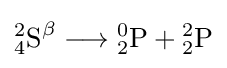
{{\mathrm {^{2}_{4}S} }{\vphantom {A}}^{\mathrm {\beta } }{}\mathrel {\longrightarrow } {}{\mathrm {^{0}_{2}P} }{}+{}{\mathrm {^{2}_{2}P} }}